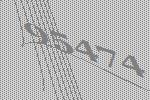
95474